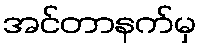
အင်တာနက်မှ